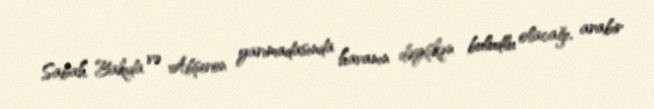
Sabah Bakıda və Abşeron yarımadasında havanın dəyişkən buludlu olacağı, arabir